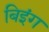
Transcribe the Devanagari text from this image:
बिइंग